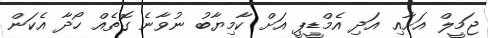
ޖަމީލް އަށާއި އަދި އެމްޑީޕީ އަށް ކާމިޔާބު ނުވާނެ ގޮތެއް ހޯދާ އެކަން